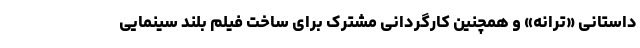
داستانی «ترانه» و همچنین کارگردانی مشترک برای ساخت فیلم بلند سینمایی